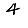
Digit: 4